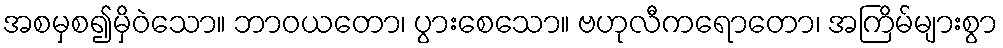
အစမှစ၍မှိဝဲသော။ ဘာဝယတော၊ ပွားစေသော။ ဗဟုလီကရောတော၊ အကြိမ်များစွာ